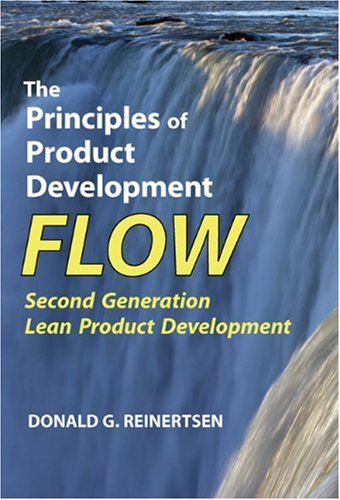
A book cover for The Principles of Product Development Flow: Second Generation Lean Product Development; Donald G. Reinertsen; Engineering & Transportation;